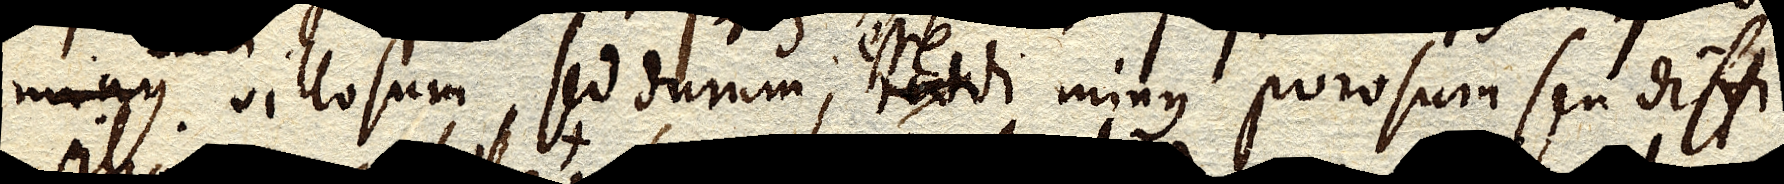
minus villosum, sed durum; reddi minus porosum seu diffi–